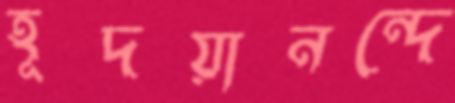
হূদয়ানন্দে